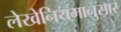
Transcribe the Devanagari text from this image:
लेखेनियमानुसार